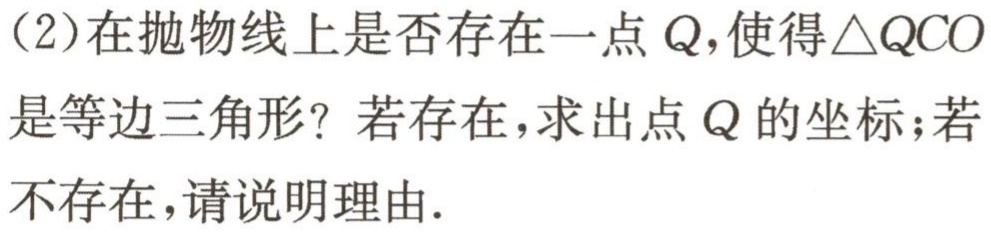
（2）在抛物线上是否存在一点 \(Q\)，使得\(\triangle QCO\)是等边三角形？若存在，求出点 \(Q\) 的坐标；若不存在，请说明理由.